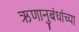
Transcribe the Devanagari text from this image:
ऋणानुबंधांच्या